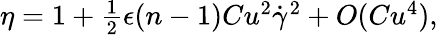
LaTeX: \begin{array}{r}{\eta=1+\frac{1}{2}\epsilon(n-1)Cu^{2}\dot{\gamma}^{2}+O(Cu^{4}),}\end{array}